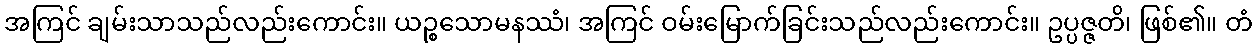
အကြင် ချမ်းသာသည်လည်းကောင်း။ ယဉ္စသောမနဿံ၊ အကြင် ဝမ်းမြောက်ခြင်းသည်လည်းကောင်း။ ဥပ္ပဇ္ဇတိ၊ ဖြစ်၏။ တံ